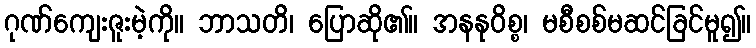
ဂုဏ်ကျေးဇူးမဲ့ကို။ ဘာသတိ၊ ပြောဆို၏။ အနနုဝိစ္စ၊ မစီစစ်မဆင်ခြင်မူ၍။